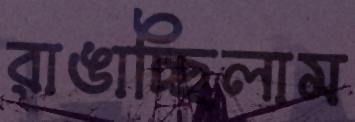
রাঙাচ্ছিলাম